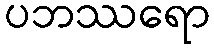
ပဘဿရော